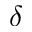
\delta